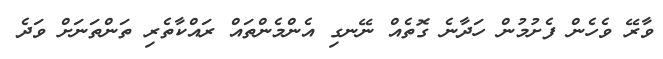
ވާރޭ ވެހެން ފެށުމުން ހަދާނެ ގޮތެއް ނޭނގި އެންމެންތައް ރައްކާތެރި ތަންތަނަށް ވަދެ